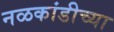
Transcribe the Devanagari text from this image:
नळकांडीच्या